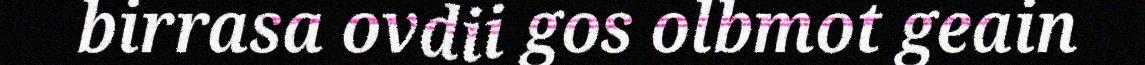
birrasa ovdii gos olbmot geain